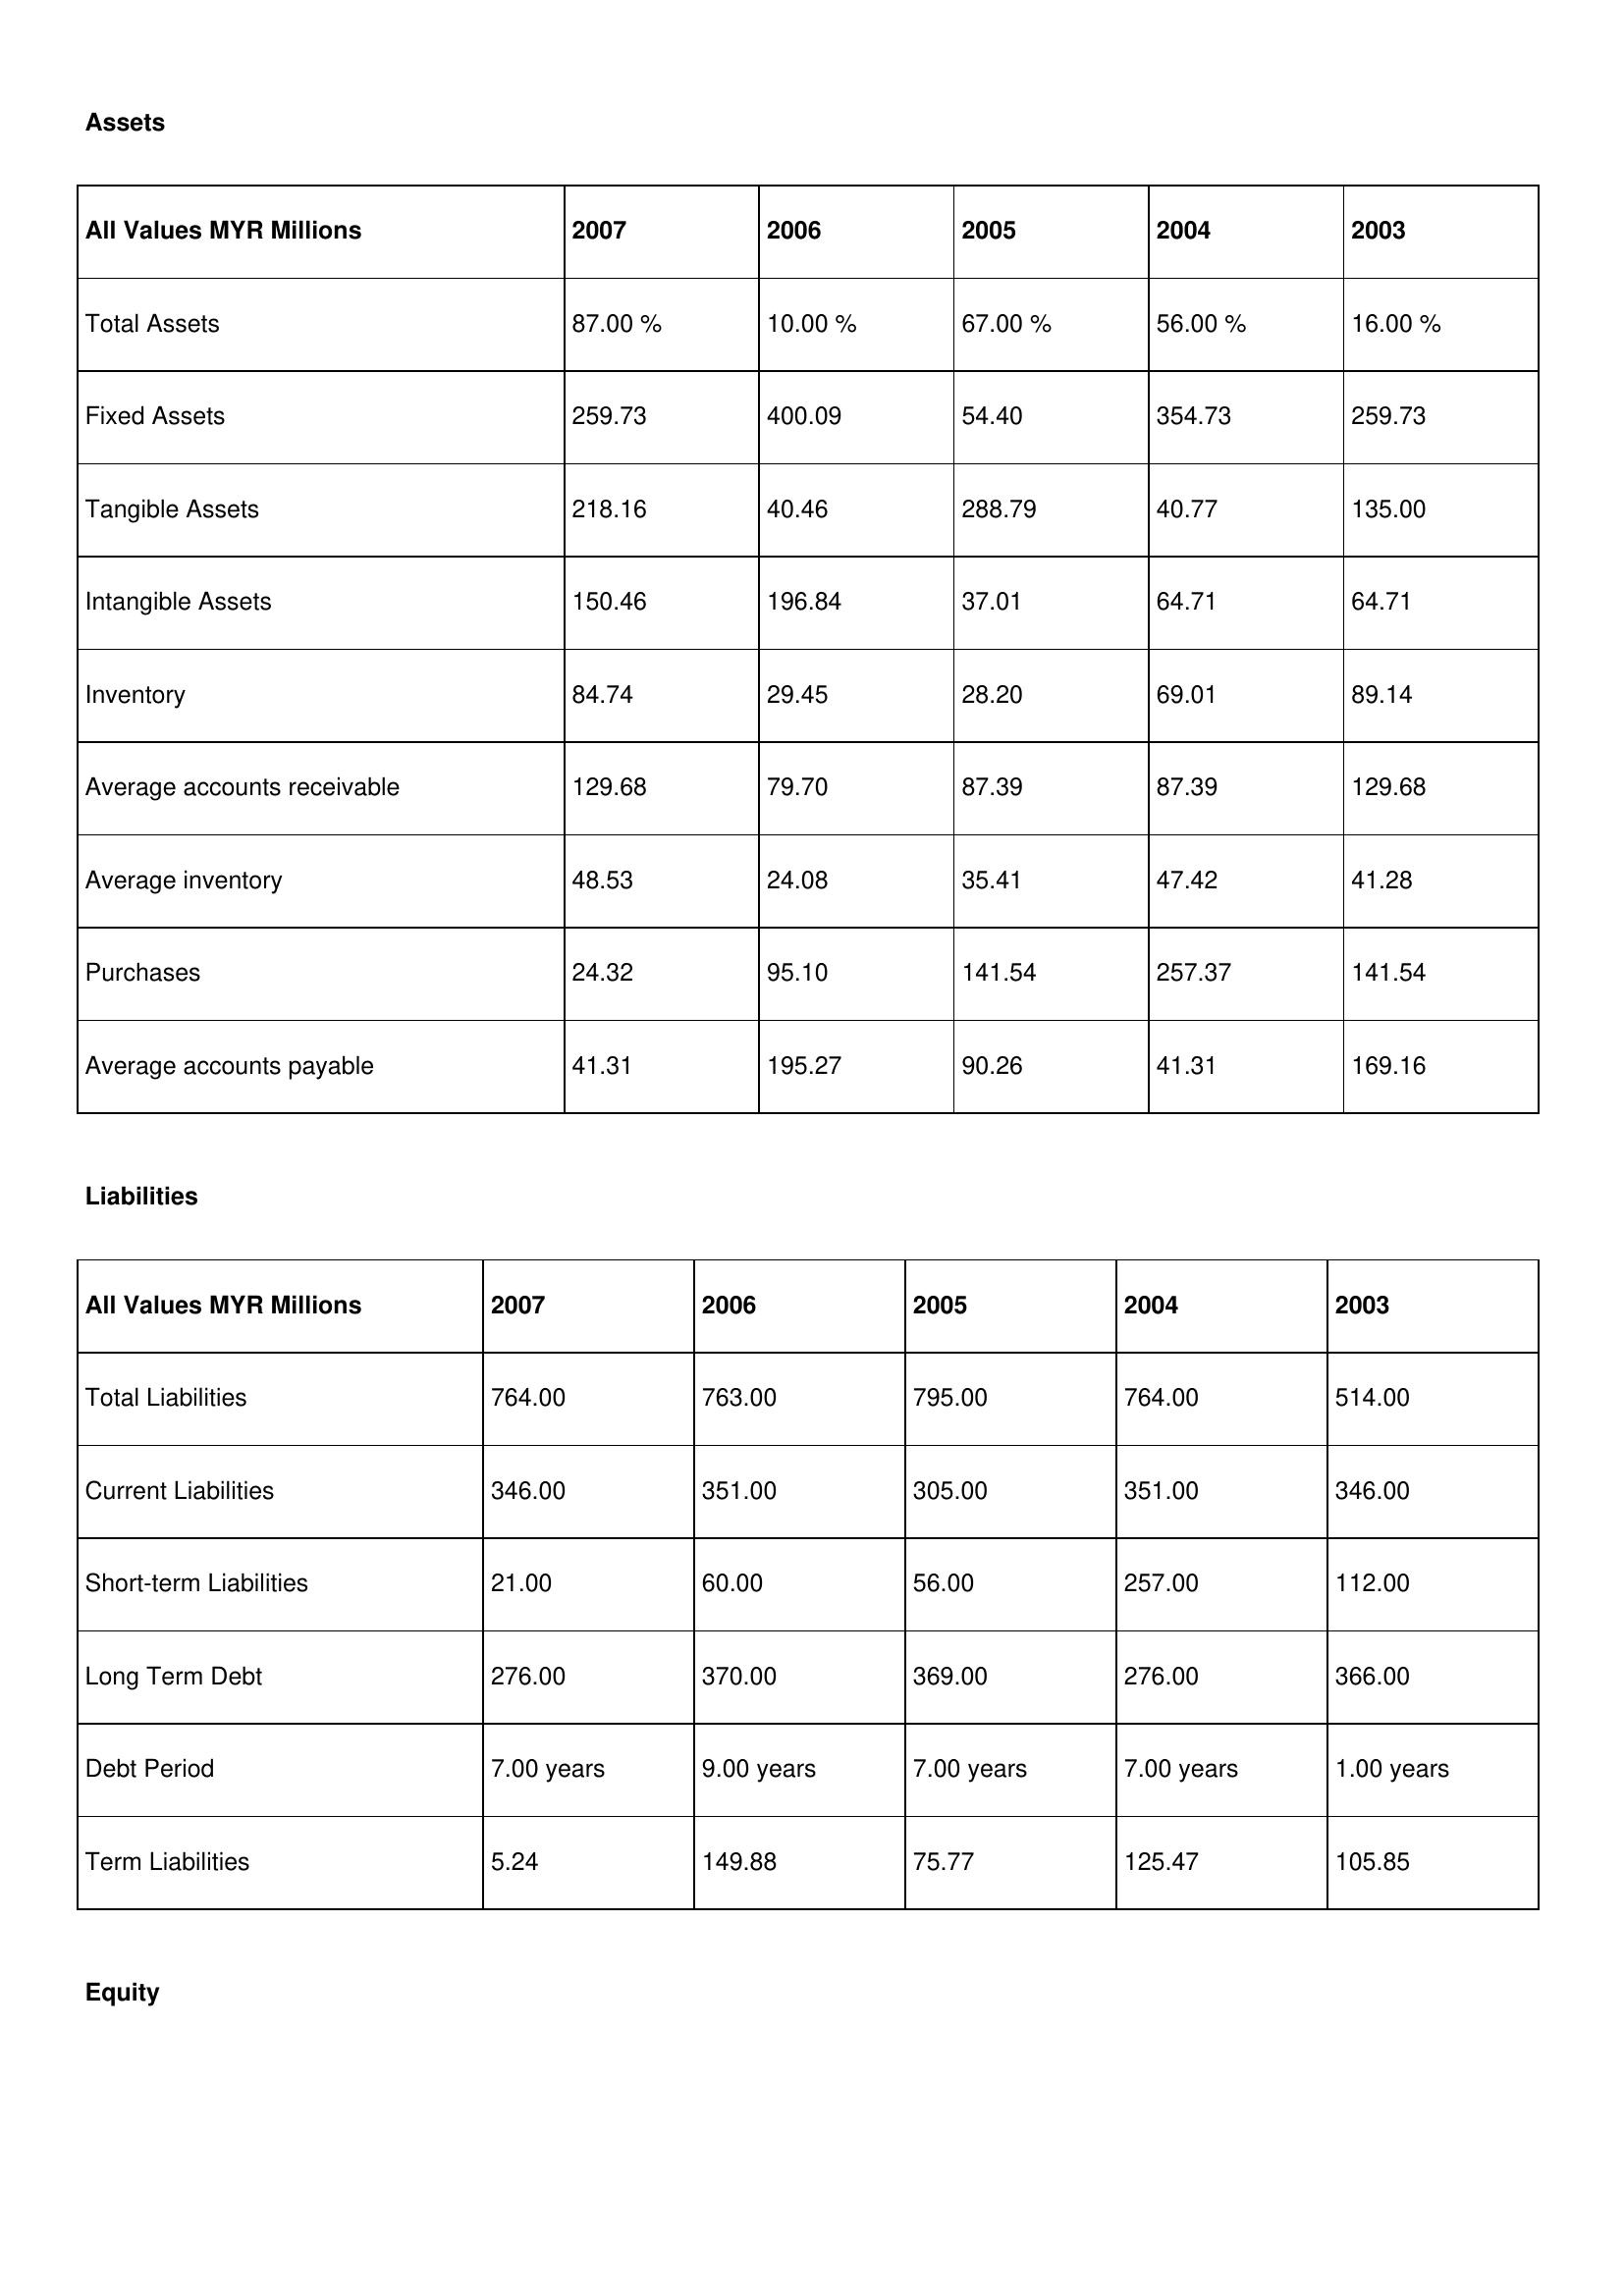
gt_parse: 2007: Assets: Total Assets: 87.00 %
Fixed Assets: 259.73
Tangible Assets: 218.16
Intangible Assets: 150.46
Inventory: 84.74
Average accounts receivable: 129.68
Average inventory: 48.53
Purchases: 24.32
Average accounts payable: 41.31
Liabilities: Total Liabilities: 764.00
Current Liabilities: 346.00
Short-term Liabilities: 21.00
Long Term Debt: 276.00
Debt Period: 7.00 years
Term Liabilities: 5.24
Equity: Common Stock: 228.54
Treasury Stock: 34.71
Other Comprehensive Income: 68.80
Total Equity: 20.00 %
Issued Capital: 196.00
Paid-up Capital: 66.67
Additional Paid-In Capital: 68.12
General Reserves: 87.28
Credit Balance: 46.85
Retained Earnings: 260.83
2006: Assets: Total Assets: 10.00 %
Fixed Assets: 400.09
Tangible Assets: 40.46
Intangible Assets: 196.84
Inventory: 29.45
Average accounts receivable: 79.70
Average inventory: 24.08
Purchases: 95.10
Average accounts payable: 195.27
Liabilities: Total Liabilities: 763.00
Current Liabilities: 351.00
Short-term Liabilities: 60.00
Long Term Debt: 370.00
Debt Period: 9.00 years
Term Liabilities: 149.88
Equity: Common Stock: 217.01
Treasury Stock: 49.56
Other Comprehensive Income: 67.43
Total Equity: 42.00 %
Issued Capital: 247.00
Paid-up Capital: 99.45
Additional Paid-In Capital: 18.55
General Reserves: 56.41
Credit Balance: 11.04
Retained Earnings: 459.22
2005: Assets: Total Assets: 67.00 %
Fixed Assets: 54.40
Tangible Assets: 288.79
Intangible Assets: 37.01
Inventory: 28.20
Average accounts receivable: 87.39
Average inventory: 35.41
Purchases: 141.54
Average accounts payable: 90.26
Liabilities: Total Liabilities: 795.00
Current Liabilities: 305.00
Short-term Liabilities: 56.00
Long Term Debt: 369.00
Debt Period: 7.00 years
Term Liabilities: 75.77
Equity: Common Stock: 141.57
Treasury Stock: 46.29
Other Comprehensive Income: 27.43
Total Equity: 91.00 %
Issued Capital: 84.00
Paid-up Capital: 66.67
Additional Paid-In Capital: 6.97
General Reserves: 87.28
Credit Balance: 14.78
Retained Earnings: 370.52
2004: Assets: Total Assets: 56.00 %
Fixed Assets: 354.73
Tangible Assets: 40.77
Intangible Assets: 64.71
Inventory: 69.01
Average accounts receivable: 87.39
Average inventory: 47.42
Purchases: 257.37
Average accounts payable: 41.31
Liabilities: Total Liabilities: 764.00
Current Liabilities: 351.00
Short-term Liabilities: 257.00
Long Term Debt: 276.00
Debt Period: 7.00 years
Term Liabilities: 125.47
Equity: Common Stock: 28.37
Treasury Stock: 46.29
Other Comprehensive Income: 14.27
Total Equity: 84.00 %
Issued Capital: 279.00
Paid-up Capital: 73.66
Additional Paid-In Capital: 17.76
General Reserves: 56.41
Credit Balance: 22.55
Retained Earnings: 97.11
2003: Assets: Total Assets: 16.00 %
Fixed Assets: 259.73
Tangible Assets: 135.00
Intangible Assets: 64.71
Inventory: 89.14
Average accounts receivable: 129.68
Average inventory: 41.28
Purchases: 141.54
Average accounts payable: 169.16
Liabilities: Total Liabilities: 514.00
Current Liabilities: 346.00
Short-term Liabilities: 112.00
Long Term Debt: 366.00
Debt Period: 1.00 years
Term Liabilities: 105.85
Equity: Common Stock: 146.12
Treasury Stock: 6.85
Other Comprehensive Income: 14.27
Total Equity: 91.00 %
Issued Capital: 84.00
Paid-up Capital: 89.99
Additional Paid-In Capital: 76.92
General Reserves: 146.27
Credit Balance: 46.85
Retained Earnings: 310.94